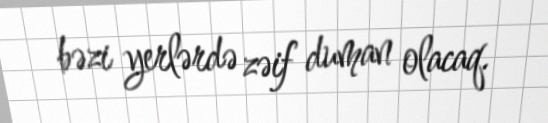
bəzi yerlərdə zəif duman olacaq.